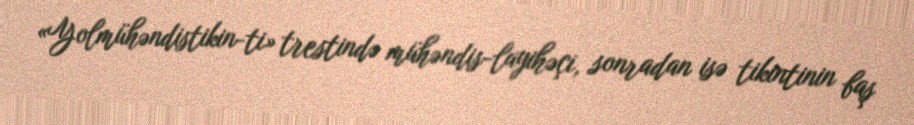
«Yolmühəndistikin-ti» trestində mühəndis-layihəçi, sonradan isə tikintinin baş